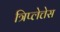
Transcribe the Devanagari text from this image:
त्रिप्लेत्तेस